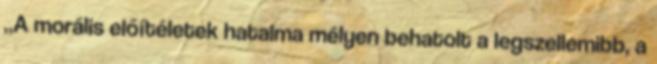
„A morális előítéletek hatalma mélyen behatolt a legszellemibb, a